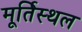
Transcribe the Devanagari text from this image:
मूर्तिस्थल